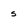
Character: s